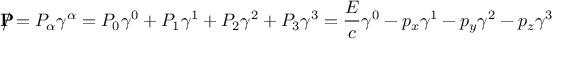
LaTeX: \mathbf { P } \! \! \! \! / = P _ { \alpha } \gamma ^ { \alpha } = P _ { 0 } \gamma ^ { 0 } + P _ { 1 } \gamma ^ { 1 } + P _ { 2 } \gamma ^ { 2 } + P _ { 3 } \gamma ^ { 3 } = { \frac { E } { c } } \gamma ^ { 0 } - p _ { x } \gamma ^ { 1 } - p _ { y } \gamma ^ { 2 } - p _ { z } \gamma ^ { 3 }